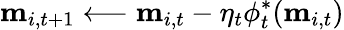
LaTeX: \mathbf{m}_{i,t+1}\longleftarrow\mathbf{m}_{i,t}-\eta_{t}\phi_{t}^{\ast}(\mathbf{m}_{i,t})